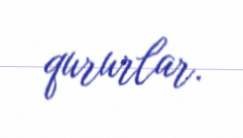
qururlar.